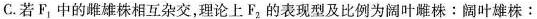
C.若F_{1}中的雌雄株相互杂交，理论上F_{2}的表现型及比例为阔叶雌株：阔叶雄株：